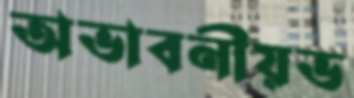
অভাবনীয়ভ